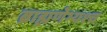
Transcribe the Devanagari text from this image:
ब्राह्मणेभ्यश्च